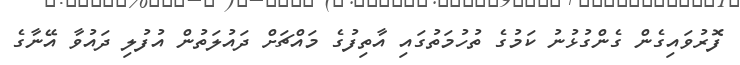
ފޮރުވައިގެން ގެންގުޅުނު ކަމުގެ ތުހުމަތުގައި އާތިފުގެ މައްޗަށް ދައުލަތުން އުފުލި ދައުވާ އޭނާގެ